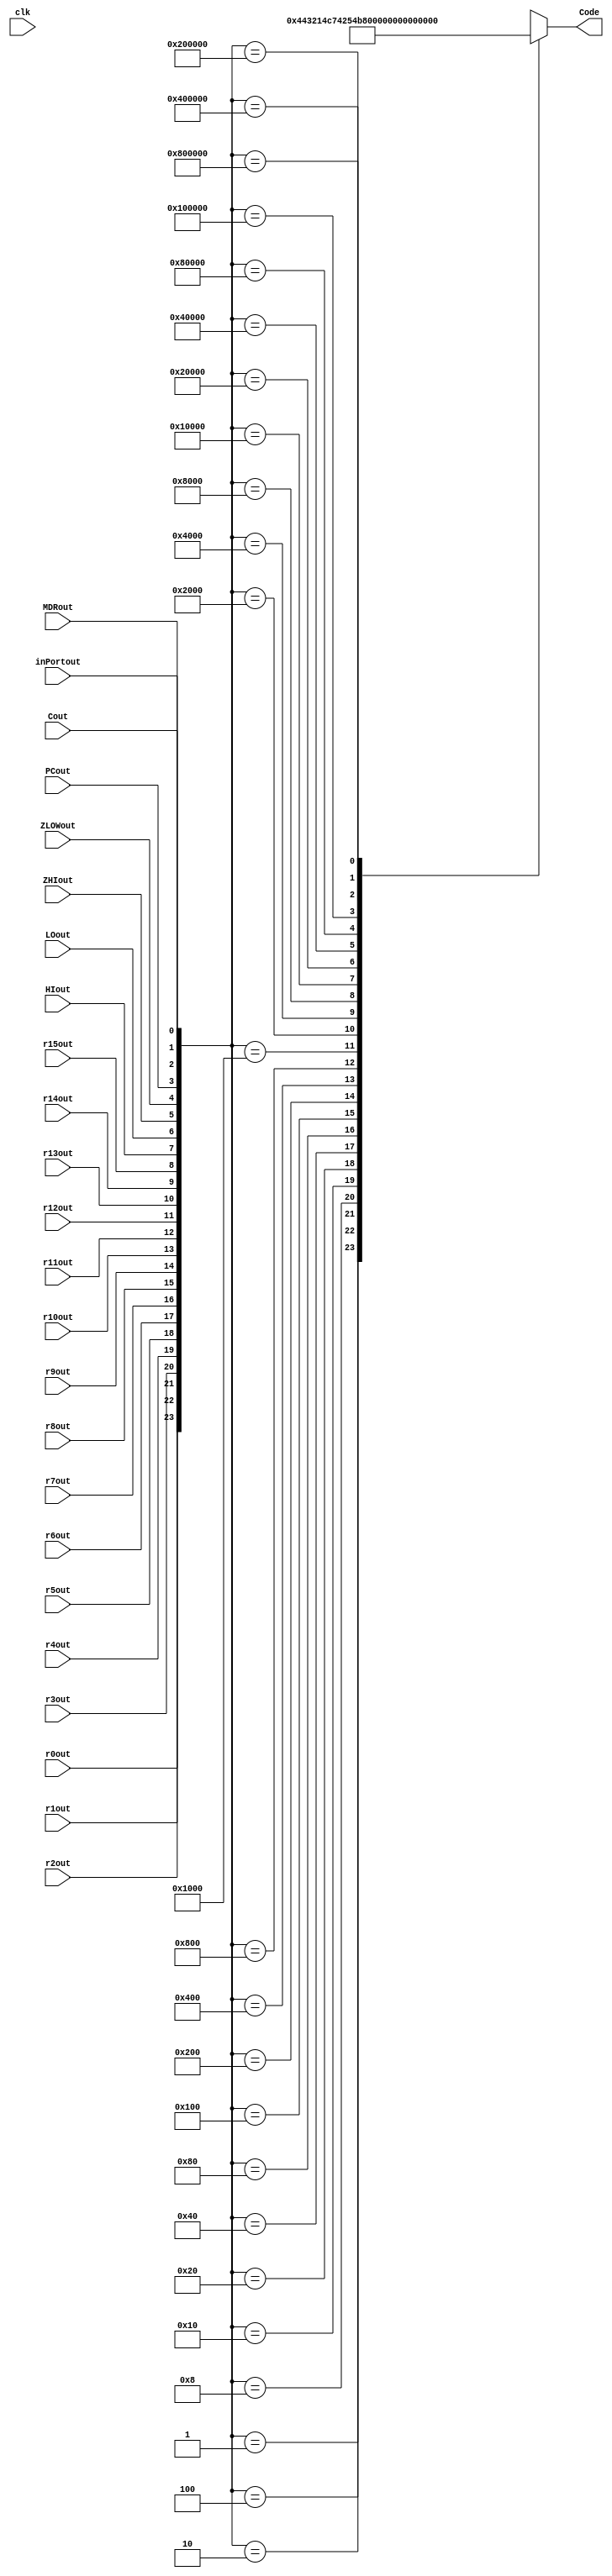
//32:5 bit encoder

module encoder_32_5(
	output reg [4:0] Code, 
	input r0out, r1out, r2out, r3out, r4out, r5out, r6out, r7out, r8out, r9out, r10out, r11out, r12out, r13out, r14out, r15out, HIout, LOout, ZHIout, ZLOWout, PCout, MDRout, inPortout, Cout, 
	input clk
	);
	
	wire[31:0] Data;
	assign Data = {r0out, r1out, r2out, r3out, r4out, r5out, r6out, r7out, r8out, r9out, r10out, r11out, r12out, r13out, r14out, r15out, HIout, LOout, ZHIout, ZLOWout, PCout, MDRout, inPortout, Cout};
		
	always @(Data, clk) begin
		case (Data)
			32'h01			:	Code <= 0;
			32'h02			:	Code <= 1;
			32'h04			:	Code <= 2;
			32'h08			:	Code <= 3;
			32'h10			:	Code <= 4;
			32'h20			:	Code <= 5;
			32'h40			:	Code <= 6;
			32'h80			:	Code <= 7; 
			32'h100			:	Code <= 8;
			32'h200			:	Code <= 9;
			32'h400			:	Code <= 10;
			32'h800			:	Code <= 11;
			32'h1000			:	Code <= 12;
			32'h2000			:	Code <= 13;
			32'h4000			:	Code <= 14;
			32'h8000			:	Code <= 15;
			32'h10000		:	Code <= 16;
			32'h20000		:	Code <= 17;
			32'h40000		:	Code <= 18;
			32'h80000		:	Code <= 19;
			32'h100000		:	Code <= 20;
			32'h200000		:	Code <= 21;
			32'h400000		:	Code <= 22;
			32'h800000		:	Code <= 23;
			default			:	Code <= 5'bx;
		endcase			
	end
endmodule